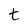
Character: t